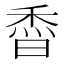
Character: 稥